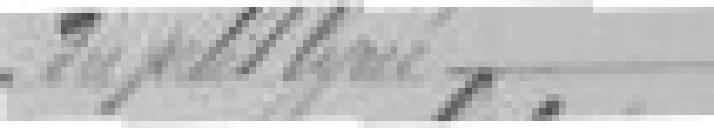
Subvention de l'Etat pour la construction du petit Lycée